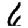
Digit: 6